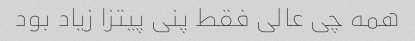
همه چی عالی فقط پنی پیتزا زیاد بود